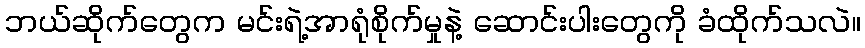
ဘယ်ဆိုက်တွေက မင်းရဲ့အာရုံစိုက်မှုနဲ့ ဆောင်းပါးတွေကို ခံထိုက်သလဲ။